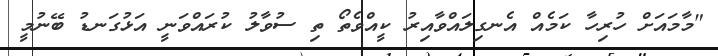
"މާމައަށް ހުރިހާ ކަމެއް އެނގިލައްވާއިރު ކީއްވެތޯ ތި ސުވާލު ކުރައްވަނީ އަޅުގަނޑު ބޭނުމީ